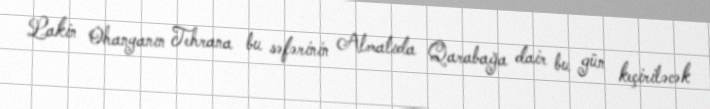
Lakin Ohanyanın Tehrana bu səfərinin Almatıda Qarabağa dair bu gün keçiriləcək